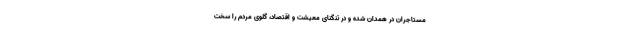
مستاجران در همدان شده و در تنگنای معیشت و اقتصاد، گلوی مردم را سخت